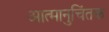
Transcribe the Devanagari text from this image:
आत्मानुचिंतक